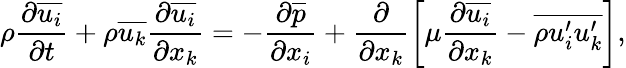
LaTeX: \rho\frac{\partial{\overline{{u_{i}}}}}{\partial{t}}+\rho\overline{{u_{k}}}\frac{\partial{\overline{{u_{i}}}}}{\partial{x_{k}}}=-\frac{\partial{\overline{{p}}}}{\partial{x_{i}}}+\frac{\partial}{\partial{x}_{k}}\left[\mu\frac{\partial{\overline{{u_{i}}}}}{\partial{x}_{k}}-\overline{{\rho{u_{i}^{\prime}}{u_{k}^{\prime}}}}\right],